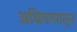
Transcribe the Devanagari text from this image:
अधिपत्यातून